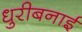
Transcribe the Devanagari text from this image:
धुरीबनाई